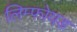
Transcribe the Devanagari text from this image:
लिम्फोयड